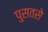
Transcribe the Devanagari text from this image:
पुसतसे